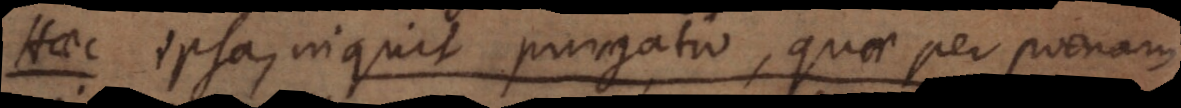
Haec ipsa inquit purgatio, quae per poenam